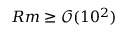
R m \geq \mathcal { O } ( 1 0 ^ { 2 } )